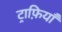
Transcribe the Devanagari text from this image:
ट्राफ़ियाँ